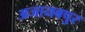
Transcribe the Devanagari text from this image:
अजायबपुर